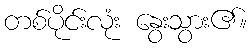
တစ်ပိုင်းလုံး နွေးသွား၏။